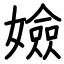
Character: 嬐